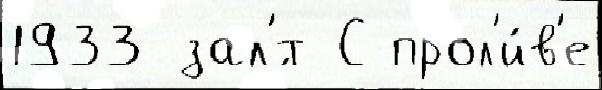
1933 зал'́т С прол'и́в'е